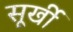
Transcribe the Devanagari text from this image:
सूर्खी